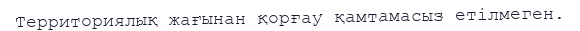
Территориялық жағынан қорғау қамтамасыз етілмеген.